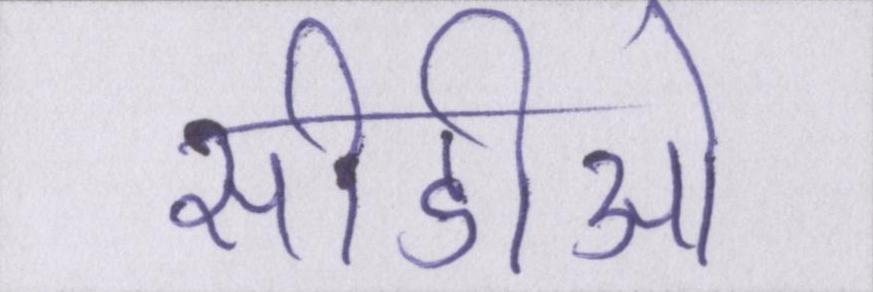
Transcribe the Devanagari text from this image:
सीडीओ